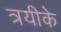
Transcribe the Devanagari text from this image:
त्रयीके